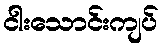
ငါးသောင်းကျပ်